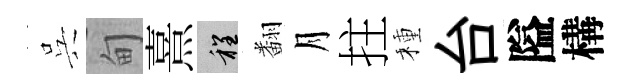
呉甸熹程翻月拄種台隘構